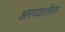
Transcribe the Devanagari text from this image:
अरण्यातील